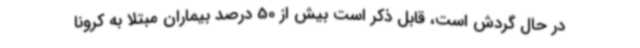
در حال گردش است، قابل ذکر است بیش از 50 درصد بیماران مبتلا به کرونا